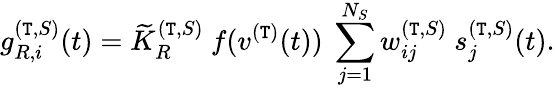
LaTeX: g_{R,i}^{(\mathtt{T},S)}(t)={\widetilde{K}}_{R}^{(\mathtt{T},S)}~f(v^{(\mathtt{T})}(t))~\sum_{j=1}^{N_{S}}w_{ij}^{(\mathtt{T},S)}~s_{j}^{(\mathtt{T},S)}(t).